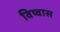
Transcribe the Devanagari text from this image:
विष्वास